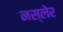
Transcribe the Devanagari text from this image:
नस्लेर